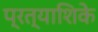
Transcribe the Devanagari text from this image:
प्रत्याशिके